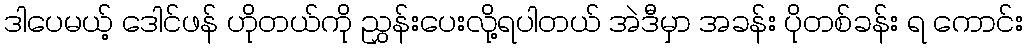
ဒါပေမယ့် ဒေါင်ဖန် ဟိုတယ်ကို ညွှန်းပေးလို့ရပါတယ် အဲဒီမှာ အခန်း ပိုတစ်ခန်း ရ ကောင်း